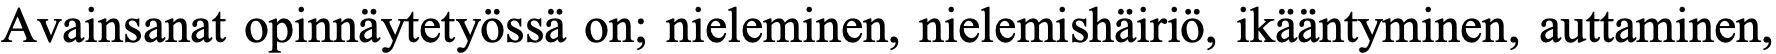
Avainsanat opinnäytetyössä on; nieleminen, nielemishäiriö, ikääntyminen, auttaminen,